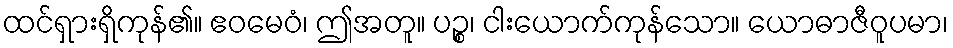
ထင်ရှားရှိကုန်၏။ ဧဝမေဝံ၊ ဤအတူ။ ပဉ္စ၊ ငါးယောက်ကုန်သော။ ယောဓာဇီဝူပမာ၊